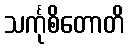
သင်္ကုစိတောတိ